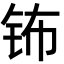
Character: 钸